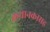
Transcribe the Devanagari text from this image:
कथानकासह